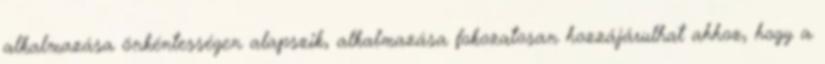
alkalmazása önkéntességen alapszik, alkalmazása fokozatosan hozzájárulhat ahhoz, hogy a